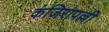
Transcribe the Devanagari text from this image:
कंजिरापल्ली